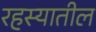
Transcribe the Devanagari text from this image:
रहस्यातील